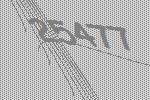
25477